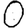
Digit: 0